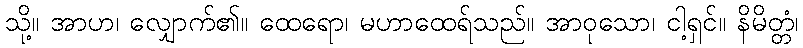
သို့။ အာဟ၊ လျှောက်၏။ ထေရော၊ မဟာထေရ်သည်။ အာဝုသော၊ ငါ့ရှင်။ နိမိတ္တံ၊